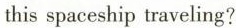
this spaceship traveling?